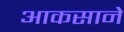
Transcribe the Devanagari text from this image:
आकसाने